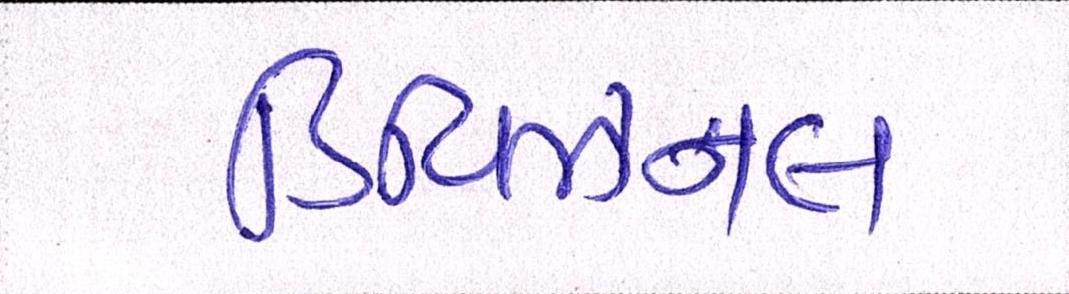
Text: ડિવિઝનલ